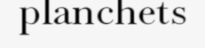
planchets